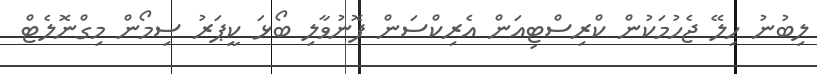
ލިބުނު ހިލޭ ޖެހުމަކުން ކްރިސްޓިއަން އެރިކްސަން ފޮނުވާލި ބޯޅަ ކީޕަރު ސިމޯން މިގްނޮލެޓް